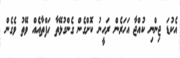
އެކުޑަ ޖިންނި ކުއްޖާ އަހަރެން ރަހީނު ކޮށްގެން ގެންގުޅޭތާ ހަފްތާއެއް ވޭތު ވެގެން